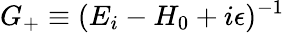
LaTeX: G_{+}\equiv(E_{i}-H_{0}+i\epsilon)^{-1}